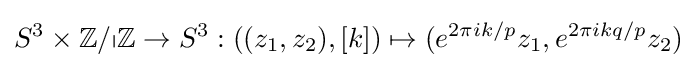
S^{3}\times \mathbb {Z/pZ} \rightarrow S^{3}:((z_{1},z_{2}),[k])\mapsto (e^{2\pi ik/p}z_{1},e^{2\pi ikq/p}z_{2})